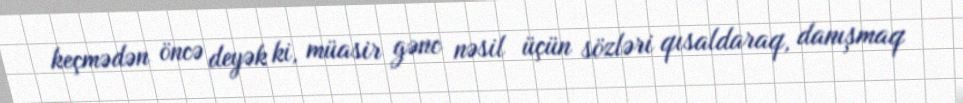
keçmədən öncə deyək ki, müasir gənc nəsil üçün sözləri qısaldaraq, danışmaq